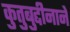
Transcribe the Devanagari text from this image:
कुतुबुद्दीनाने